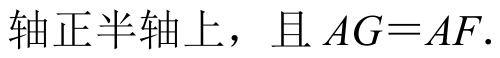
轴正半轴上，且\(AG = AF\).